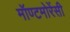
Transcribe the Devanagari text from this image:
मॉण्टमोरेंसी